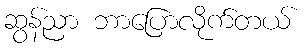
ဆွန်ညာ ဘာပြောလိုက်တယ်